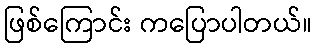
ဖြစ်ကြောင်း ကပြောပါတယ်။